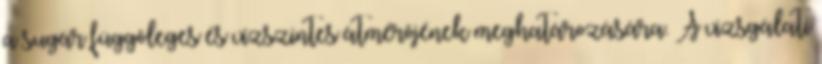
a sugár függõleges és vízszintes átmérõjének meghatározására. A vizsgálati